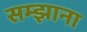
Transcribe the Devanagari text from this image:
सम्झाना